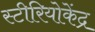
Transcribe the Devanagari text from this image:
स्टीरियोकेंद्र